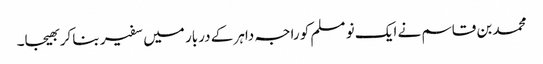
محمد بن قاسم نے ایک نو مسلم کو راجہ داہر کے دربار میں سفیر بنا کر بھیجا۔